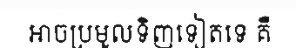
អាចប្រមូលទិញទៀតទេ គឺ